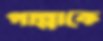
পান্নাকে